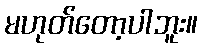
မဟုတ်တော့ပါဘူး။